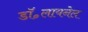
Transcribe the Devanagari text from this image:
डॉ॰लायनेल